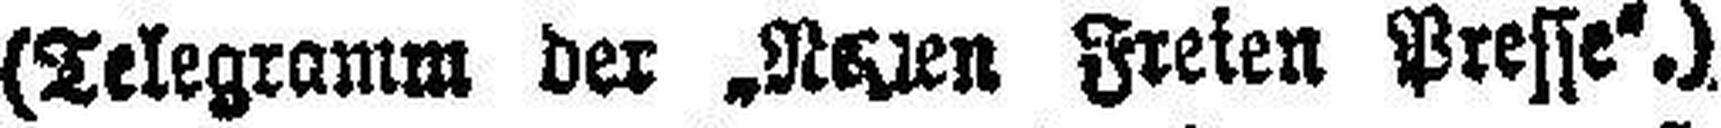
(Telegramm der Neuen Freien Presse.)